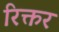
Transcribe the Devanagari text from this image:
रिक्तर